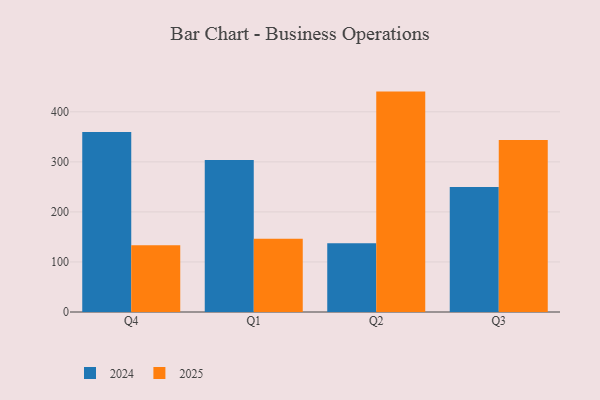
{"axis": {"x": "Quarter", "y": "Temperature (°C)"}, "legend": ["2024", "2025"], "data": [{"x": "Q4", "y": 133.6, "type": "2025"}, {"x": "Q4", "y": 359.6, "type": "2024"}, {"x": "Q1", "y": 146.3, "type": "2025"}, {"x": "Q1", "y": 303.7, "type": "2024"}, {"x": "Q2", "y": 440.4, "type": "2025"}, {"x": "Q2", "y": 137.2, "type": "2024"}, {"x": "Q3", "y": 343.8, "type": "2025"}, {"x": "Q3", "y": 249.8, "type": "2024"}]}